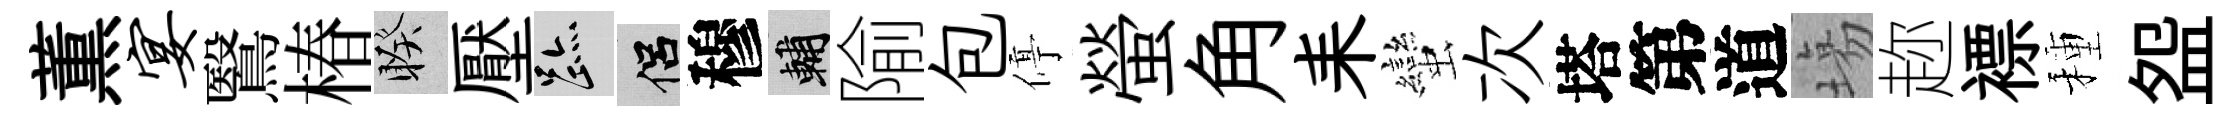
薫宴鷖椿睽壓迹侣穆輔隃包停螢角耒蠻次塔第道塲趂褾種盌